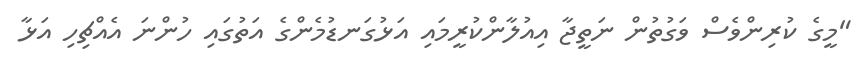
"މީގެ ކުރިންވެސް ވަގުތުން ނަތީޖާ އިއުލާންކުރީމައި އަޅުގަނޑުމެންގެ އަތުގައި ހުންނަ އެއްޗިހި އަޅާ